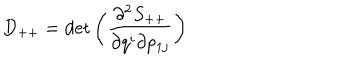
D _ { + + } = \det \left( \frac { \partial ^ { 2 } S _ { + + } } { \partial q ^ { i } \partial p _ { 1 j } } \right)